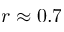
r \approx 0 . 7